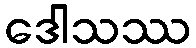
ဒေါသဿ